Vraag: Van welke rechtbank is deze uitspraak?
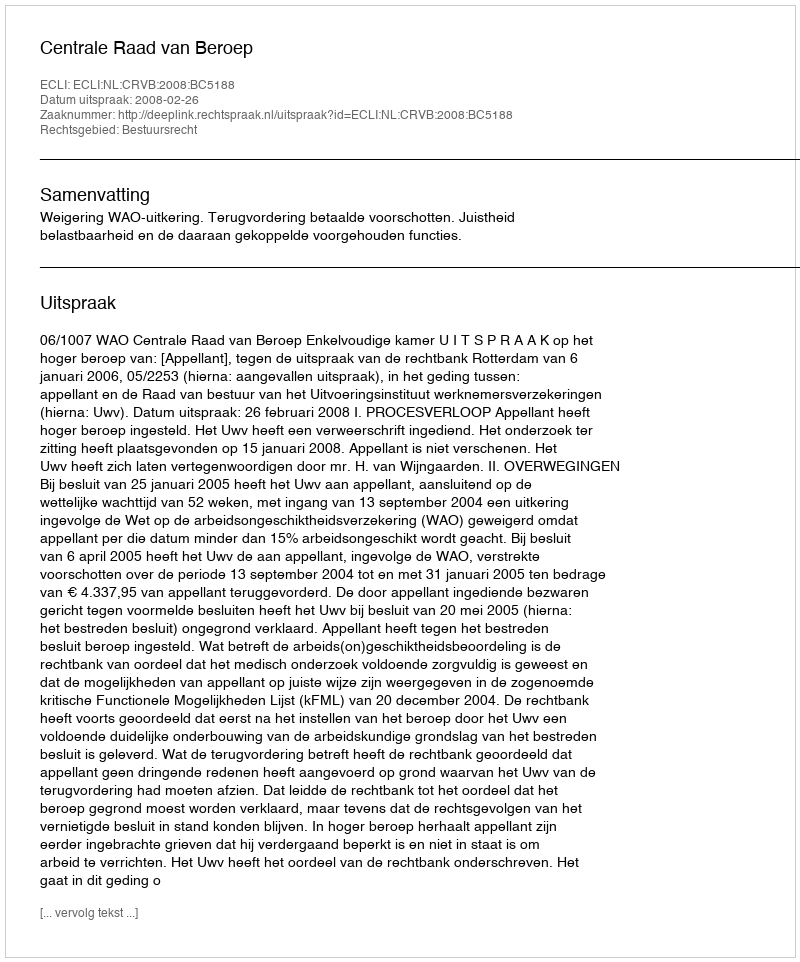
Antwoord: Centrale Raad van Beroep